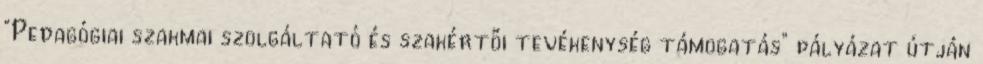
“Pedagógiai szakmai szolgáltató és szakértői tevékenység támogatás” pályázat útján